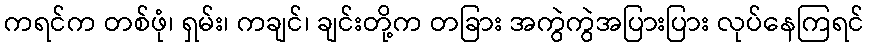
ကရင်က တစ်ဖုံ၊ ရှမ်း၊ ကချင်၊ ချင်းတို့က တခြား အကွဲကွဲအပြားပြား လုပ်နေကြရင်